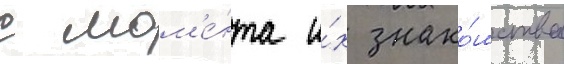
с мом'е́нта и́х знако́мства